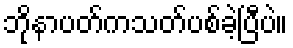
ဘိုနာပတ်ကသတ်ပစ်ခဲ့ပြီပဲ။